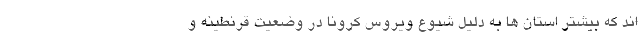
اند که بیشتر استان ها به دلیل شیوع ویروس کرونا در وضعیت قرنطینه و